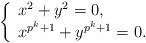
LaTeX: \begin{align*}\left\{ \begin{array}{ll} x^2+y^2=0, \\ x^{p^k+1}+y^{p^k+1}=0. \end{array}\right.\end{align*}